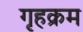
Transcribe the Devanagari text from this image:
गृहक्रम